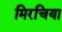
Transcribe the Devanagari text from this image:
मिरचिया